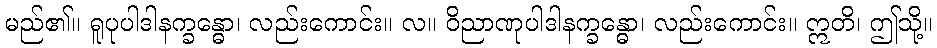
မည်၏။ ရူပုပါဒါနက္ခန္ဓော၊ လည်းကောင်း။ လ။ ဝိညာဏုပါဒါနက္ခန္ဓော၊ လည်းကောင်း။ ဣတိ၊ ဤသို့။